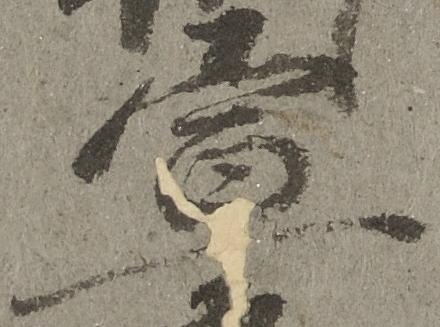
宣